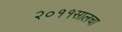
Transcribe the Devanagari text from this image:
२०११सालचा